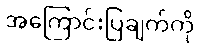
အကြောင်းပြချက်ကို